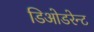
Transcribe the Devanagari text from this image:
डिओडरेन्ट